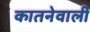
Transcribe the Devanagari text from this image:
कातनेवाली